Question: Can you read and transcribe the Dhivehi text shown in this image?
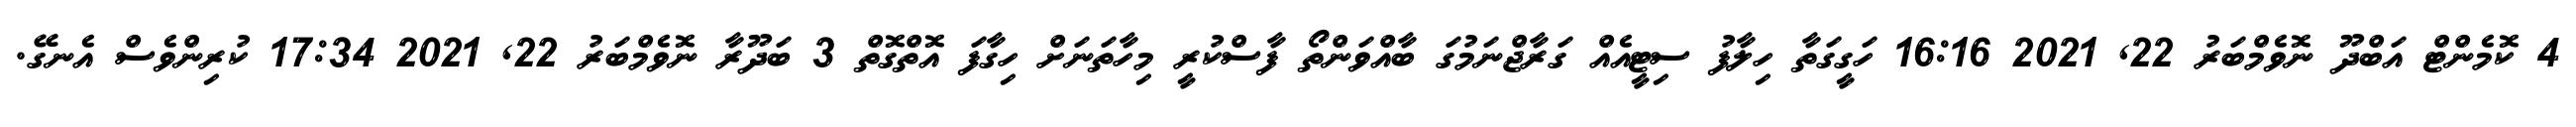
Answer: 4 ކޮމެންޓް އަބްދޫ ނޮވެމްބަރު 22, 2021 16:16 ހަގީގަތާ ހިލާފު ސިޓީއެއް ގަރާޖްނަމުގަ ބާއްވަންތޯ ފާސްކުރީ މިހާތަނަށް ހިގާފަ އޮތްގޮތް 3 ބަދޫރާ ނޮވެމްބަރު 22, 2021 17:34 ކުރިންވެސް އެނގޭ.